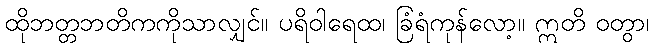
ထိုဘတ္တဘတိကကိုသာလျှင်။ ပရိဝါရေထ၊ ခြံရံကုန်လော့။ ဣတိ ဝတွာ၊